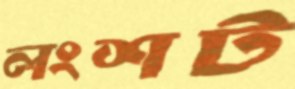
লংশট